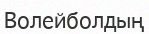
Волейболдың